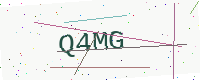
Text: Q4MG